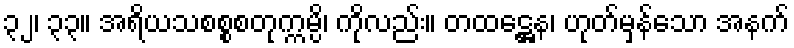
၃၂၊ ၃၃။ အရိယသစစ္စစတုက္ကမ္ပိ၊ ကိုလည်း။ တထဋ္ဌေန၊ ဟုတ်မှန်သော အနက်